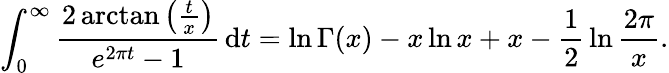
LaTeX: \int_{0}^{\infty}{\frac{2\arctan\left({\frac{t}{x}}\right)}{e^{2\pi t}-1}}\, \mathrm{{d}}t=\ln\Gamma(x)-x\ln x+x-{\frac{1}{2}}\ln{\frac{2\pi}{x}}.